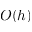
O ( h )